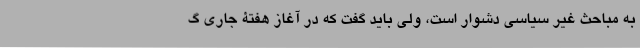
به مباحث غیر سیاسی دشوار است، ولی باید گفت که در آغاز هفتۀ جاری گ